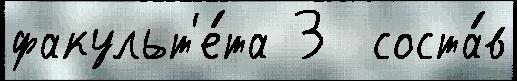
факульт'е́та 3  соста́в